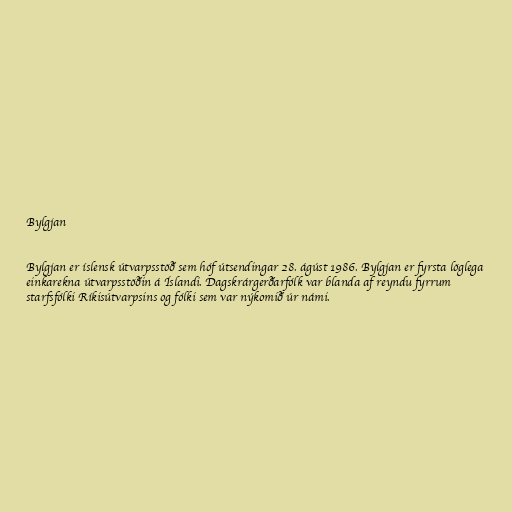
Bylgjan

Bylgjan er íslensk útvarpsstöð sem hóf útsendingar 28. ágúst 1986. Bylgjan er fyrsta löglega
einkarekna útvarpsstöðin á Íslandi. Dagskrárgerðarfólk var blanda af reyndu fyrrum
starfsfólki Ríkisútvarpsins og fólki sem var nýkomið úr námi.